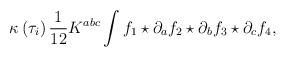
\begin{align*}\kappa \left( \tau _{i}\right) \frac{1}{12}K^{abc}\int f_{1}\star \partial_{a}f_{2}\star \partial _{b}f_{3}\star \partial _{c}f_{4}, \end{align*}